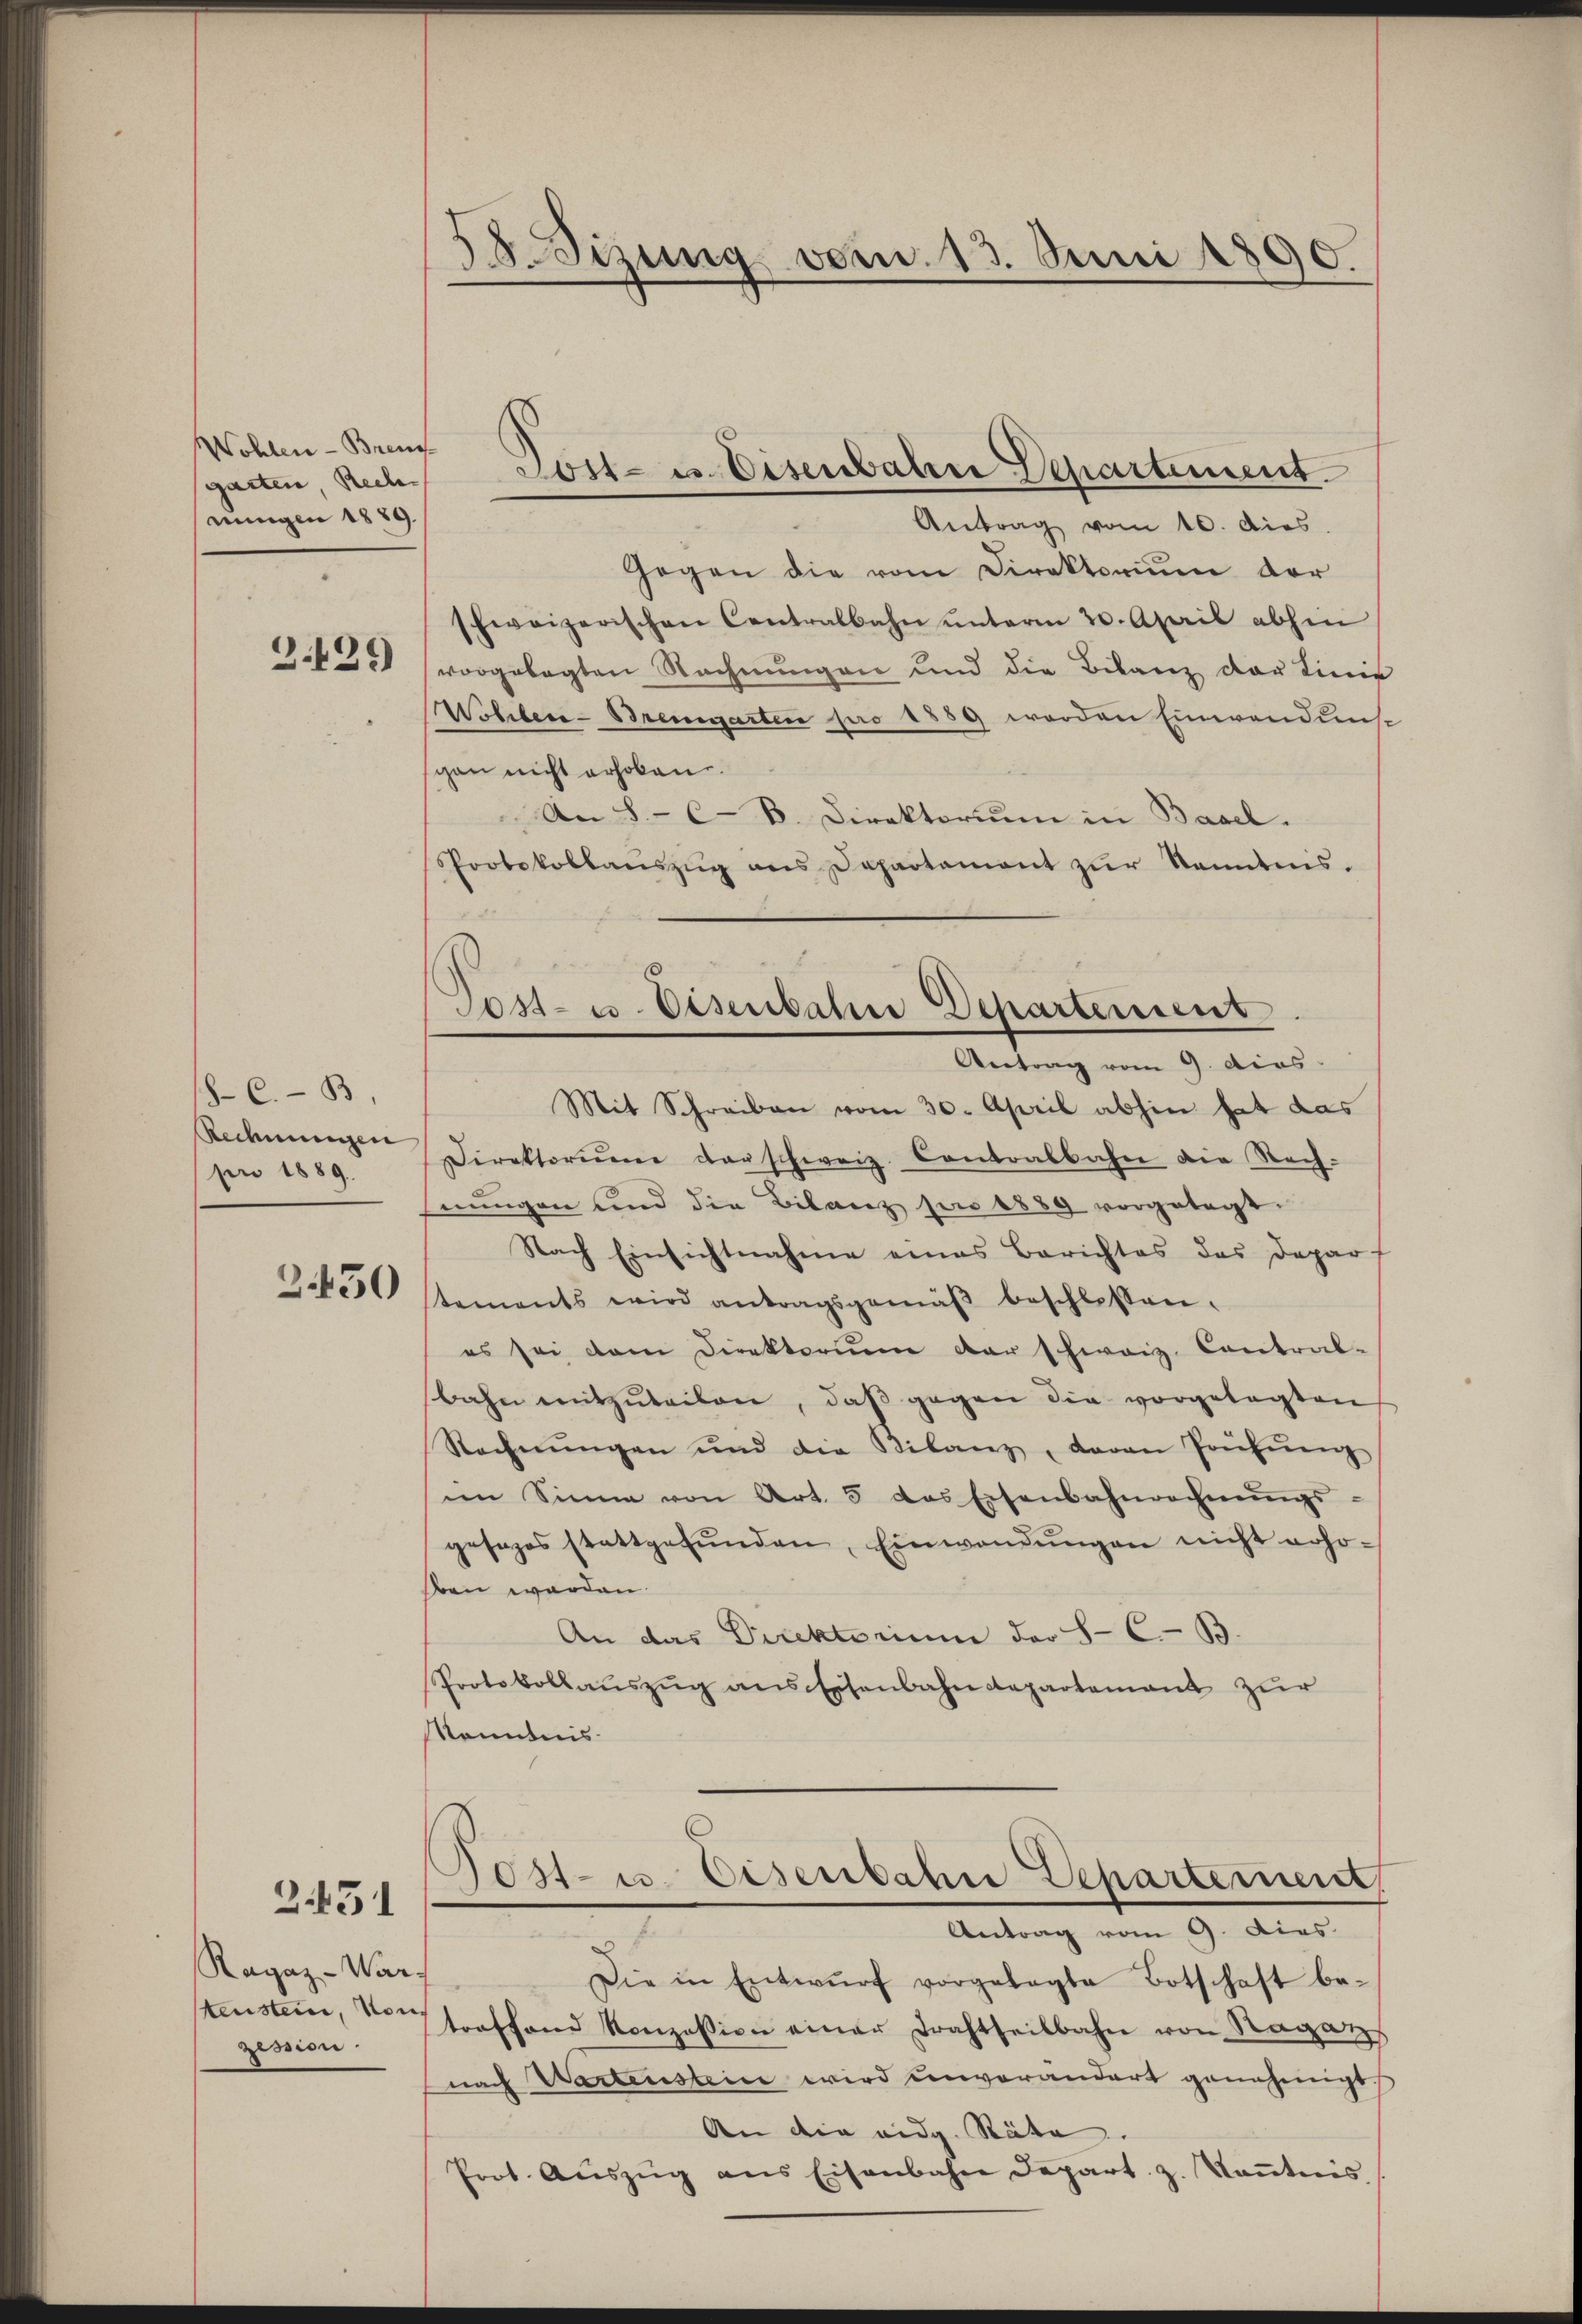
Wohlen - Bren
garten, Rech
nungen 1889.

C.- B
Redmungen
pen 1889.

2.450

2.451

Ragaz-Warz
tenstein, von
zission

Sizung vom 13. Juni 1890.

Gegen die vom Direktorium der
schweizerischen Centralbahn ŭnterm 20. April abhin
Zibuch vorgelegten Rechnungen und die Bilanz der Linie
Wöhler-Bremgarten pro 1859 werden Einwendung
gan nicht erhoben.
An 8.- C- B. Direktorium in Basel.
Protokollanszŭg ans Departament zŭr Kenntnis.
.
Mit Schreiben vom 30. April abhin hat das
Direktorium darschweiz. Contralbahn die Rech-
fnungen und die Bilanz pro 1889 vorgelegt.
Nach Einsichtnahme eines Berichtes das Daparf
tements wird antragsgemäβ beschlossen.
es sei dem Direktorium der schweiz. Contral-
bahn mitzŭteilen, daβ gegen die vorgetagten
Rechnŭngen und die Bilanz, davon Prüfŭng
im Sinne von Art. 5 das Eisenbahnrechnŭngs-
gesages stattgefŭnden, Einwendŭngen nicht roho-
ben werden.
An das Direktorium der S- C.-B.
Protokollaŭszŭg ans Eisenbahndepartement zur
Kenntnis
s
10st- u. Eisenbahne Departement
Antrag vom 9. dies
Die in Entwŭrf vorgelegte Botschaft be-
toeffend Konzession einer Drahtseitbahn von Ragats
nach Wartenstein wird unverändert genehmigt,
An die eidg. Räte. |
Prot. Aŭszŭg ans Eisenbahne Depart. z. Keṅtnis.

Lost- u. Eisenbahre Departement.
Antrag vom 10. dies

Sos- u. Eisenbahre Departenins
Antrag vom 9. dies